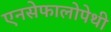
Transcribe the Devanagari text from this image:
एनसेफालोपेथी